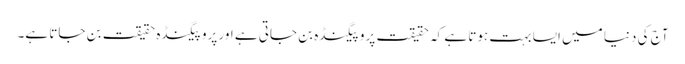
آج کی دنیا میں ایسا بہت ہوتا ہے کہ حقیقت پروپیگنڈہ بن جاتی ہے اور پروپیگنڈہ حقیقت بن جاتا ہے۔